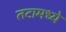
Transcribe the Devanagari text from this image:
तटामध्ये